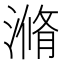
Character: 滫